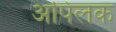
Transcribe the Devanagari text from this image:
अपिलक